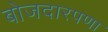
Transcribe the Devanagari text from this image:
बोजदारपणा